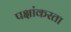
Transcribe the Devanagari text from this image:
पक्षांकरता